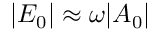
| E _ { 0 } | \approx \omega | A _ { 0 } |